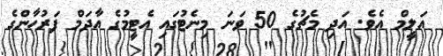
އަލީމް އެވެ. އަދި މެޗުގެ 50 ވަނަ މިނެޓުގައި އެޓީމުގެ އާދަމް ފަރުހާންގެ